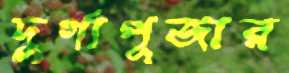
দুর্গাপূজার